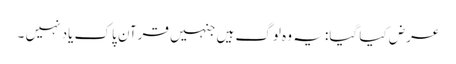
عرض کیا گیا: یہ وہ لوگ ہیں جنہیں قرآن پاک یاد نہیں ۔